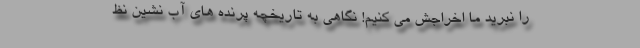
را نبرید ما اخراجش می کنیم! نگاهی به تاریخچه پرنده های آب نشین نظ